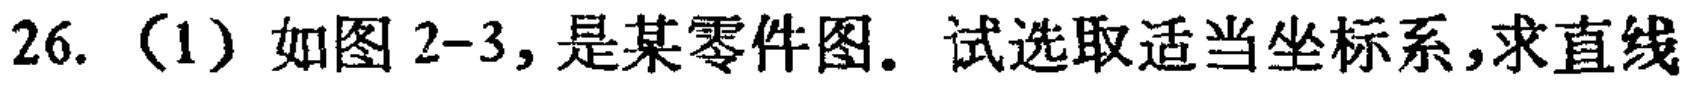
26. (1) 如图2-3, 是某零件图. 试选取适当坐标系,求直线